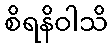
စိရနိဝါသိ